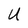
Character: U